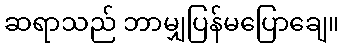
ဆရာသည် ဘာမျှပြန်မပြောချေ။